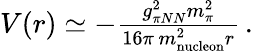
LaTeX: \begin{array}{r}{V(r)\simeq-\frac{g_{\pi NN}^{2}m_{\pi}^{2}}{16\pi\, m_{\mathrm{nucleon}}^{2}r}\, .}\end{array}